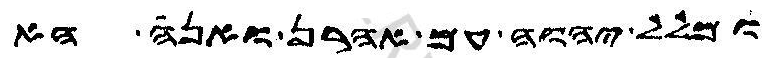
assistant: ומלל יהוה עם אהרן ואנה הא